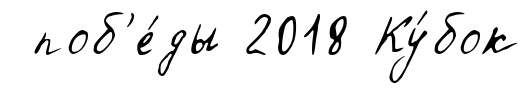
поб'е́ды 2018 Ку́бок